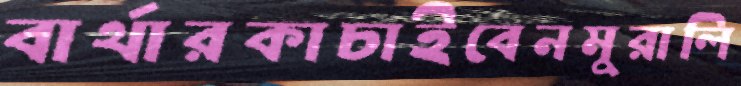
বার্থারকাচাইবেনমুরালি